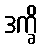
ဒက္ခိ